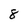
Character: 8